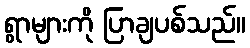
ရွာများကို ပြာချပစ်သည်။